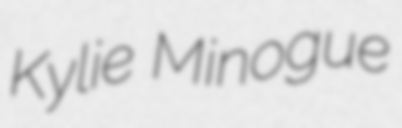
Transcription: Kylie Minogue